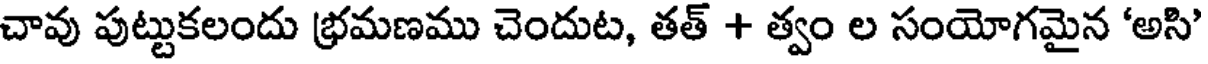
చావు పుట్టుకలందు భ్రమణము చెందుట, తత్ + త్వం ల సంయోగమైన 'అసి'